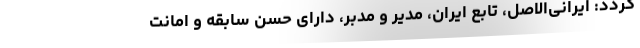
گردد: ایرانی‌الاصل، تابع ایران، مدیر و مدبر، دارای حسن سابقه و امانت